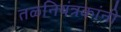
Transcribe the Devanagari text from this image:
तळनियंत्रकांनी